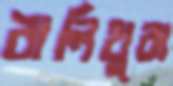
বালিথুবা